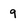
Character: 9